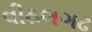
વીઠલગઢ